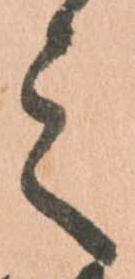
之